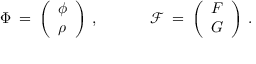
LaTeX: \Phi \: = \: \left( \begin{array} { l } { { \phi } } \\ { { \rho } } \end{array} \right) \, , \: \: \: \: \: \: \: \: \: \: \: \: \: \: \: \mathcal { F } \: = \: \left( \begin{array} { c } { { F } } \\ { { G } } \end{array} \right) \, .